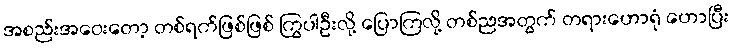
အစည်းအဝေးတော့ တစ်ရက်ဖြစ်ဖြစ် ကြွပါဦးလို့ ပြောကြလို့ တစ်ညအတွက် တရားဟောရုံ ဟောပြီး